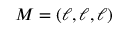
M = ( \ell , \ell , \ell )